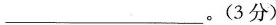
___。(3分)